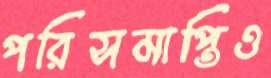
পরিসমাপ্তিও